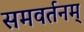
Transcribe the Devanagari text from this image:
समवर्तनम्